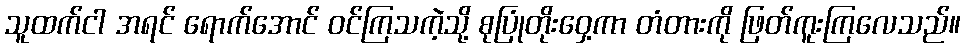
သူထက်ငါ အရင် ရောက်အောင် ဝင်ကြသကဲ့သို့ စုပြုံတိုးဝှေ့ကာ တံတားကို ဖြတ်ကူးကြလေသည်။